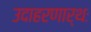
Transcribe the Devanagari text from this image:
उदाहरणार्थः